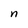
Character: n